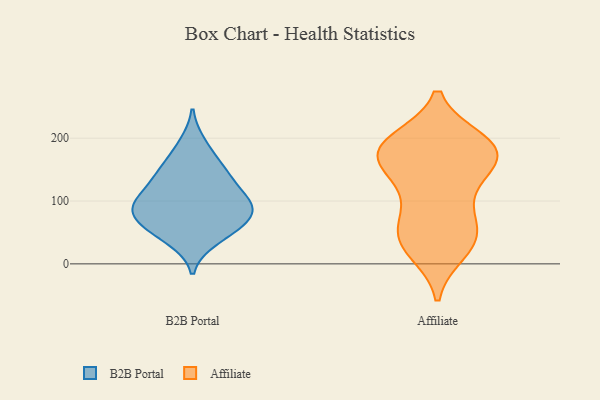
{"axis": {"x": "Website Visitors", "y": "Value"}, "legend": ["Affiliate", "B2B Portal"], "data": [{"x": "", "y": 83, "type": "B2B Portal"}, {"x": "", "y": 159, "type": "B2B Portal"}, {"x": "", "y": 95, "type": "B2B Portal"}, {"x": "", "y": 191, "type": "B2B Portal"}, {"x": "", "y": 55, "type": "B2B Portal"}, {"x": "", "y": 148, "type": "B2B Portal"}, {"x": "", "y": 53, "type": "B2B Portal"}, {"x": "", "y": 39, "type": "B2B Portal"}, {"x": "", "y": 98, "type": "B2B Portal"}, {"x": "", "y": 85, "type": "B2B Portal"}, {"x": "", "y": 72, "type": "B2B Portal"}, {"x": "", "y": 131, "type": "B2B Portal"}, {"x": "", "y": 94, "type": "B2B Portal"}, {"x": "", "y": 126, "type": "B2B Portal"}, {"x": "", "y": 40, "type": "Affiliate"}, {"x": "", "y": 57, "type": "Affiliate"}, {"x": "", "y": 193, "type": "Affiliate"}, {"x": "", "y": 142, "type": "Affiliate"}, {"x": "", "y": 178, "type": "Affiliate"}, {"x": "", "y": 170, "type": "Affiliate"}, {"x": "", "y": 181, "type": "Affiliate"}, {"x": "", "y": 196, "type": "Affiliate"}, {"x": "", "y": 20, "type": "Affiliate"}, {"x": "", "y": 175, "type": "Affiliate"}, {"x": "", "y": 91, "type": "Affiliate"}, {"x": "", "y": 151, "type": "Affiliate"}, {"x": "", "y": 196, "type": "Affiliate"}, {"x": "", "y": 62, "type": "Affiliate"}, {"x": "", "y": 25, "type": "Affiliate"}, {"x": "", "y": 41, "type": "Affiliate"}, {"x": "", "y": 174, "type": "Affiliate"}, {"x": "", "y": 118, "type": "Affiliate"}]}